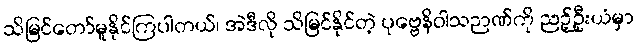
သိမြင်တော်မူနိုင်ကြပါတယ်၊ အဲဒီလို သိမြင်နိုင်တဲ့ ပုဗ္ဗေနိဝါသဉာဏ်ကို ညဉ့်ဦးယံမှာ